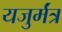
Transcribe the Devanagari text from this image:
यजुर्मंत्र